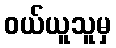
ဝယ်ယူသူမှ